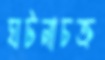
ঘটনাচক্র